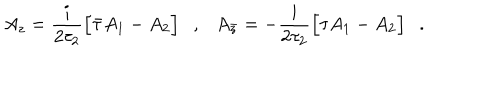
A _ { z } = \frac { i } { 2 \tau _ { 2 } } \Big [ \bar { \tau } A _ { 1 } - A _ { 2 } \Big ] \ \ \ , \ \ \ A _ { \bar { z } } = - \frac { i } { 2 \tau _ { 2 } } \Big [ \tau A _ { 1 } - A _ { 2 } \Big ] \ \ \ .